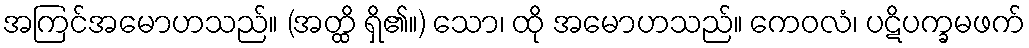
အကြင်အမောဟသည်။ (အတ္ထိ ရှိ၏။) သော၊ ထို အမောဟသည်။ ကေဝလံ၊ ပဋိပက္ခမဖက်